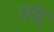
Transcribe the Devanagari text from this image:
छॉटू